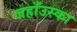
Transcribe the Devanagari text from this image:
जहाँउस्का